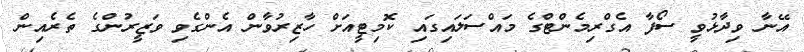
އޭނާ ވިދާޅުވީ ސޯފާ އެގްރިމެންޓްގެ މައްސަލައިގައި ކޮމިޓީއަށް ހާޒިރުވާން އެންގެވި ވަޒީރުންގެ ތެރެއިން